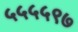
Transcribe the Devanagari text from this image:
५५५५९७